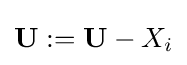
\mathbf {U:=U} -X_{i}